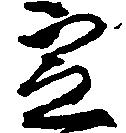
定